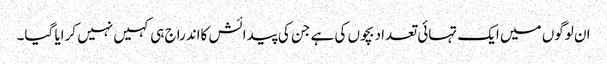
ان لوگوں میں ایک تہائی تعداد بچوں کی ہے جن کی پیدائش کااندراج ہی کہیں نہیں کرایا گیا۔